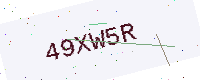
Text: 49XW5R